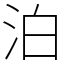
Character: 泊